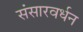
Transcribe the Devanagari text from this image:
संसारवर्धन